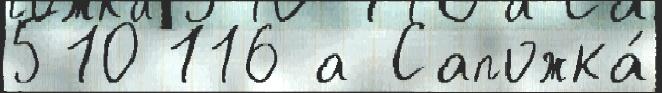
510 116 а Сапожка́